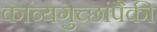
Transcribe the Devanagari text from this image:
काव्यगुच्छांपैकी